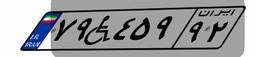
۷۹W۴۵۹۹۲